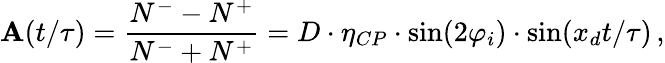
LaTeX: \mathbf{A}(t/\tau)=\frac{{N^{-}-N^{+}}}{{N^{-}+N^{+}}}=D\cdot\eta_{CP}\cdot\sin(2\varphi_{i})\cdot\sin(x_{d}t/\tau)\, ,